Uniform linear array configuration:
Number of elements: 64
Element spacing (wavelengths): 0.25
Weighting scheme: cosine
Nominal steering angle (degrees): -30
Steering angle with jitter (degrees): -31.713
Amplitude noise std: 0.05
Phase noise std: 0.05

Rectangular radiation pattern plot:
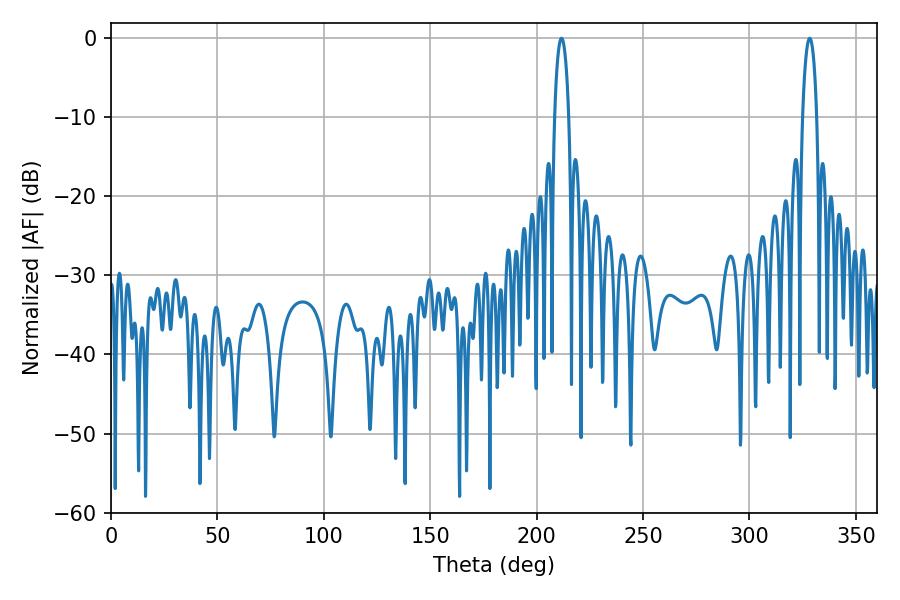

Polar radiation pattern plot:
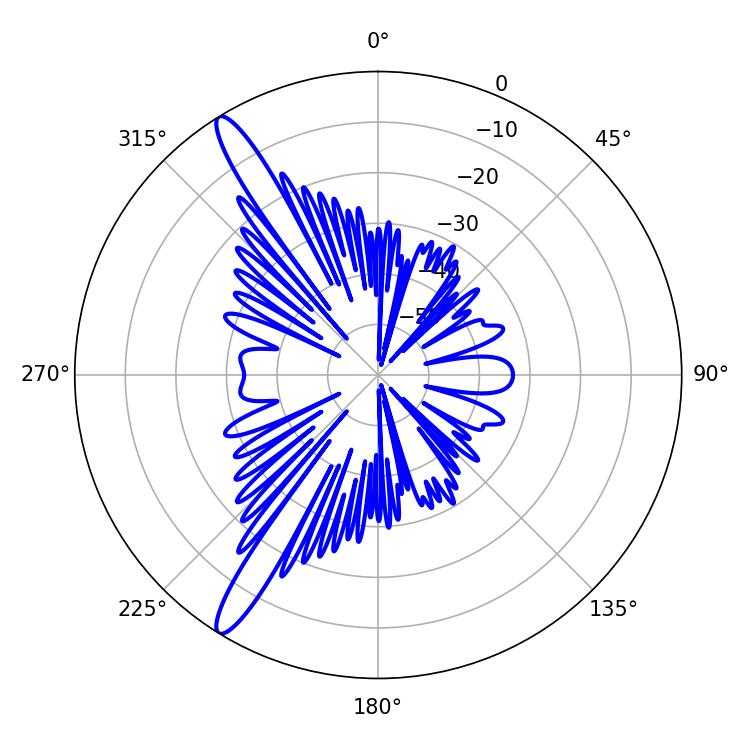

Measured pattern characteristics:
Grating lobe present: FALSE
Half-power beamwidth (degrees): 3.78
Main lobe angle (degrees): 211.68